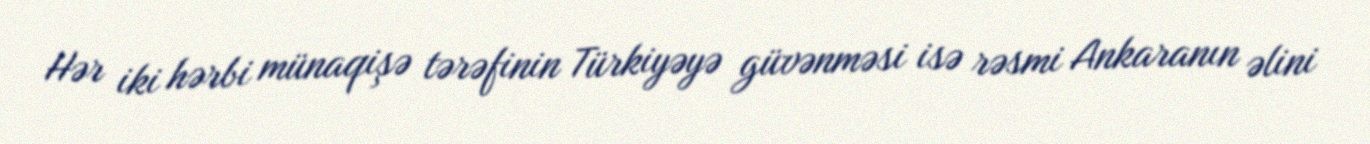
Hər iki hərbi münaqişə tərəfinin Türkiyəyə güvənməsi isə rəsmi Ankaranın əlini